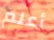
أعلم